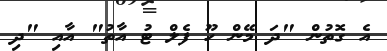
އެ ގޮތުން "ދަ މޭން ހޫ ފެލް ޓު އާތު" އާއި "ދި